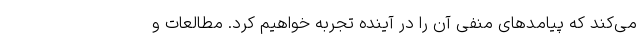
می‌کند که پیامدهای منفی آن را در آینده تجربه خواهیم کرد. مطالعات و